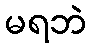
မရဘဲ